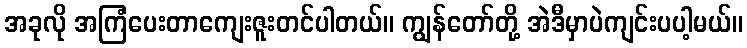
အခုလို အကြံပေးတာကျေးဇူးတင်ပါတယ်။ ကျွန်တော်တို့ အဲဒီမှာပဲကျင်းပပါ့မယ်။